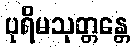
ပုရိမသုတ္တန္တေ